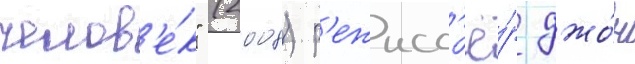
челов'е́к" (2008) р'ежисс'ё́р джо́н